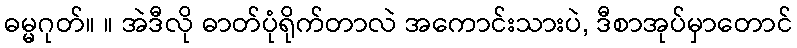
ဓမ္မဂုတ်။ ။ အဲဒီလို ဓာတ်ပုံရိုက်တာလဲ အကောင်းသားပဲ, ဒီစာအုပ်မှာတောင်